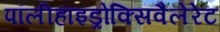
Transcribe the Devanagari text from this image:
पॉलीहाइड्रोक्सिवैलेरेट